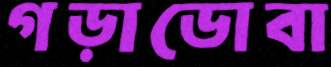
গড়াডোবা